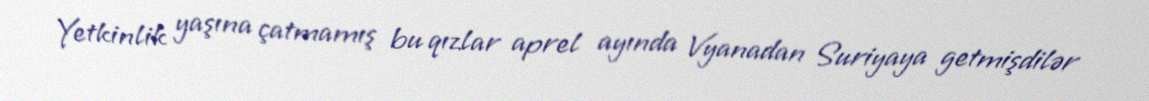
Yetkinlik yaşına çatmamış bu qızlar aprel ayında Vyanadan Suriyaya getmişdilər